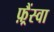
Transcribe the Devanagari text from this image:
फ़्रैंस्वा